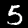
Label: 5